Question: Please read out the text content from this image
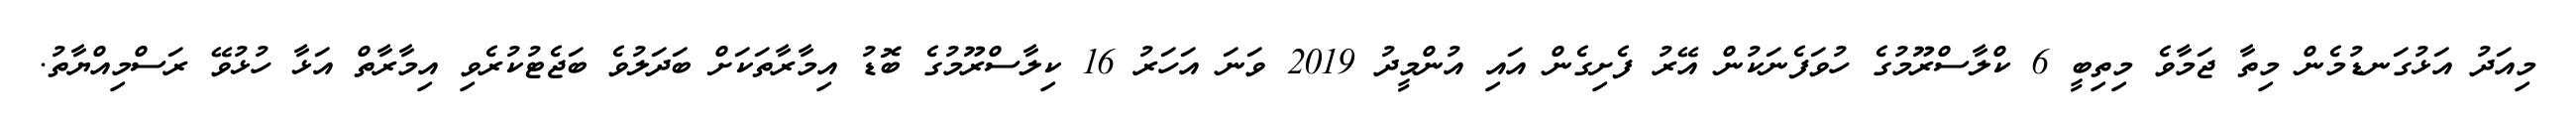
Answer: މިއަދު އަޅުގަނޑުމެން މިތާ ޖަމާވެ މިތިބީ 6 ކްލާސްރޫމުގެ ހުވަފެނަކުން އޭރު ފެށިގެން އައި އުންމީދު 2019 ވަނަ އަހަރު 16 ކިލާސްރޫމުގެ ބޮޑު އިމާރާތަކަށް ބަދަލުވެ ބަޖެޓުކުރެވި އިމާރާތް އަޅާ ހުޅުވޭ ރަސްމިއްޔާތު.